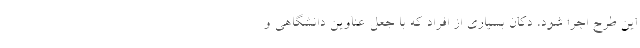
این طرح اجرا شود، دکان بسیاری از افراد که با جعل عناوین دانشگاهی و